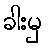
ခါးမှ